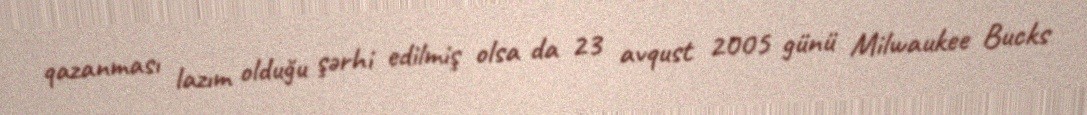
qazanması lazım olduğu şərhi edilmiş olsa da 23 avqust 2005 günü Milwaukee Bucks